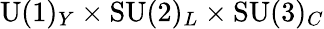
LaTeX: \mathrm{U}(1)_{Y}\times\mathrm{SU}(2)_{L}\times\mathrm{SU}(3)_{C}